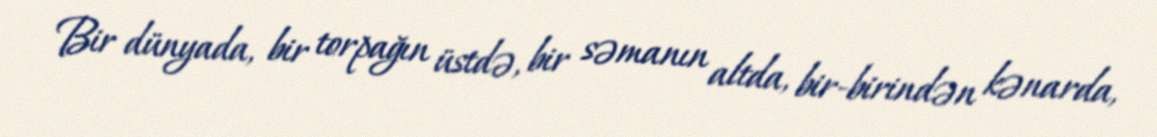
Bir dünyada, bir torpağın üstdə, bir səmanın altda, bir-birindən kənarda,